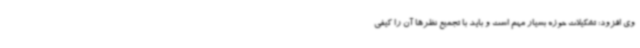
وی افزود: تشکیلات حوزه بسیار مهم است و باید با تجمیع نظرها آن را کیفی